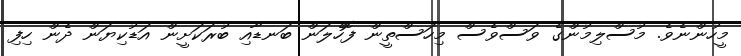
މީހުންނެވެ. މުސްލިމުންގެ ވަސްވެސް މިހަސްތީން ފޮހެލަން ބަނޑާއި ބުރަކަށީން އަޑުކިޔަން ދެން ހިފި